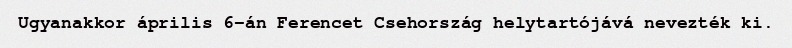
Ugyanakkor április 6-án Ferencet Csehország helytartójává nevezték ki.